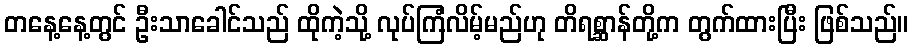
တနေ့နေ့တွင် ဦးသာခေါင်သည် ထိုကဲ့သို့ လုပ်ကြံလိမ့်မည်ဟု တိရစ္ဆာန်တို့က တွက်ထားပြီး ဖြစ်သည်။